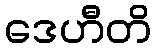
ဒေဟီတိ